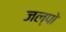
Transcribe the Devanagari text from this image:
जल्पो